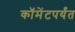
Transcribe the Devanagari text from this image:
कॉमेंटपर्यंत